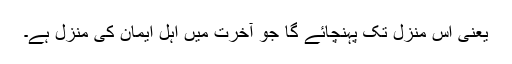
یعنی اُس منزل تک پہنچائے گا جو آخرت میں اہل ایمان کی منزل ہے۔